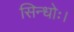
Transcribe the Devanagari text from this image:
सिन्धोः।